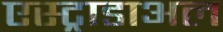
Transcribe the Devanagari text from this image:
एस्ट्राडाअल